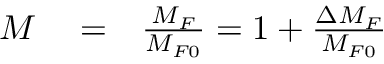
\begin{array} { r l r } { M } & { { } = } & { \frac { M _ { F } } { M _ { F 0 } } = 1 + \frac { \Delta M _ { F } } { M _ { F 0 } } } \end{array}